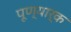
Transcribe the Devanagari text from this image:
पूण्यार्क